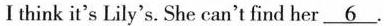
I think it's Lily's. She can't find her\underline{6}.